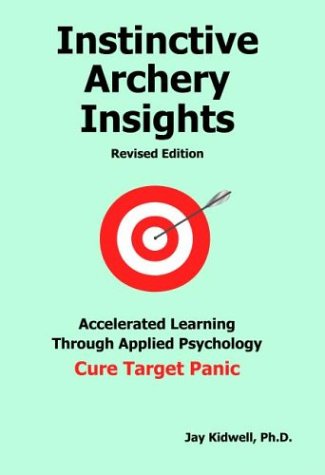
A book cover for Instinctive Archery Insights: Revised Edition; Rollin Jay Kidwell; Sports & Outdoors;